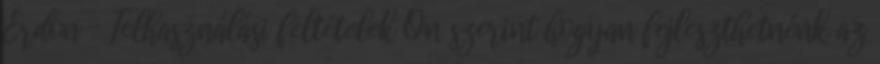
Erdon – Felhasználási feltételek Ön szerint hogyan fejleszthetnénk az